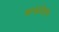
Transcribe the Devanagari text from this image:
फाऊंडेशंन